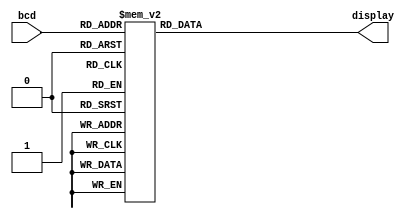
module SSD_Decoder(
    output [14:0] display,
    input [3:0] bcd
    );

reg [14:0] display;

always @*
	case(bcd)
		4'd0: display=15'b0000_0011_1111_111;
		4'd1: display=15'b1111_1111_1011_011;
		4'd2: display=15'b0010_0100_1111_111;
		4'd3: display=15'b0000_1100_1111_111;
		4'd4: display=15'b1001_1000_1111_111;
		4'd5: display=15'b0100_1000_1111_111;
		4'd6: display=15'b0100_0000_1111_111;
		4'd7: display=15'b0001_1111_1111_111;
		4'd8: display=15'b0000_0000_1111_111;
		4'd9: display=15'b0000_1000_1111_111;
		default: display=15'b1111_1111_1111_111;
	endcase
endmodule